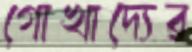
গোখাদ্যের